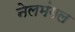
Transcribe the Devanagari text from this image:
नेलमंगल